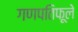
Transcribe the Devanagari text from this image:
गणपतिफूले